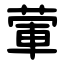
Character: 葷